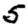
Digit: 5